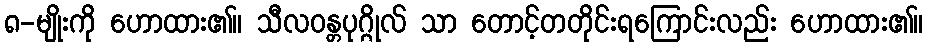
၈-မျိုးကို ဟောထား၏။ သီလဝန္တပုဂ္ဂိုလ် သာ တောင့်တတိုင်းရကြောင်းလည်း ဟောထား၏။